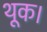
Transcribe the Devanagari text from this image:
थूक।